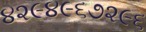
૪૨૯૪૯૬૭૨૯૬